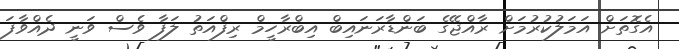
އެގޮތަށް އަމަލުކުރުމަށް ރާއްޖޭގެ ބަންޑާރަނައިބް އިބްރާހީމް ރިފްއަތު ލަފާ ވެސް ވަނީ ދެއްވާފަ